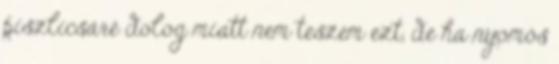
piszlicsáré dolog miatt nem teszem ezt, de ha nyomós